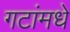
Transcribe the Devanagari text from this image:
गटांमधे